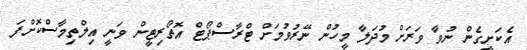
އެކަށީގެން ނުވާ ވަރަށް މުދަލާ މީހުން ނޭރުވުމަށް ޓްރާސްޕޯޓް އޮތޯރިޓީން ވަނީ އިލްތިމާސްކޮށްފަ